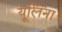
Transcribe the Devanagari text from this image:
यूलिना